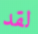
لقد